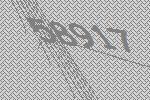
58917